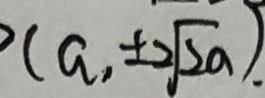
( a , \pm 2 \sqrt { 2 a } )